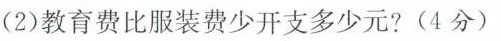
(2)教育费比服装费少开支多少元?(4分)